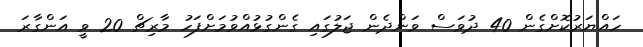
ހައްޔަރުކޮށްގެން 40 ދުވަސް ވަންދެން ޖަލުގައި ގެންގުޅުއްވުމަށްފަހު މާރިޗް 20 ވީީ އަންގާރަ